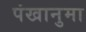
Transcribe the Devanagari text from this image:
पंखानुमा